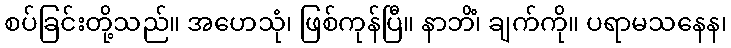
စပ်ခြင်းတို့သည်။ အဟေသုံ၊ ဖြစ်ကုန်ပြီ။ နာဘိံ၊ ချက်ကို။ ပရာမသနေန၊